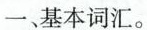
一、基本词汇。